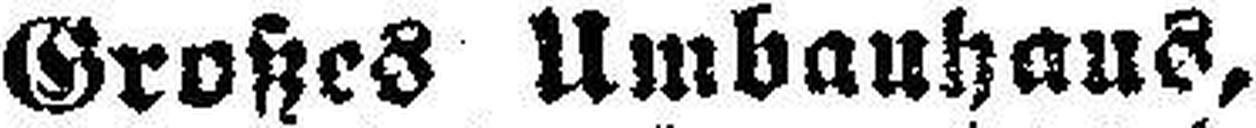
Großes Umbauhaus,